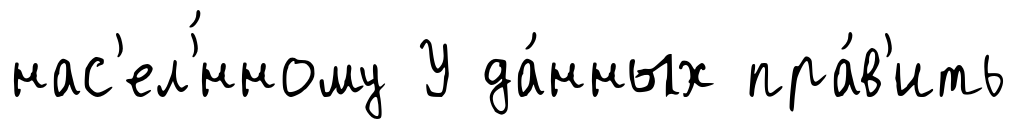
нас'ел'́нному У да́нных пра́в'ить